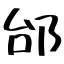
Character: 邰